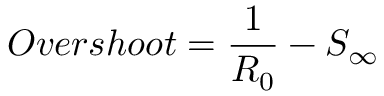
O v e r s h o o t = \frac { 1 } { R _ { 0 } } - S _ { \infty }